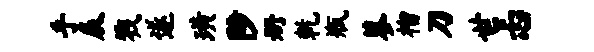
手辰戮遂璜陟册乾瓶蓼榴刀世忐